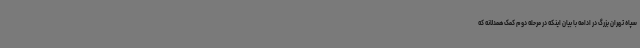
سپاه تهران بزرگ در ادامه با بیان اینکه در مرحله دوم کمک همدلانه که